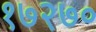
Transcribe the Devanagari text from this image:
१७२७०